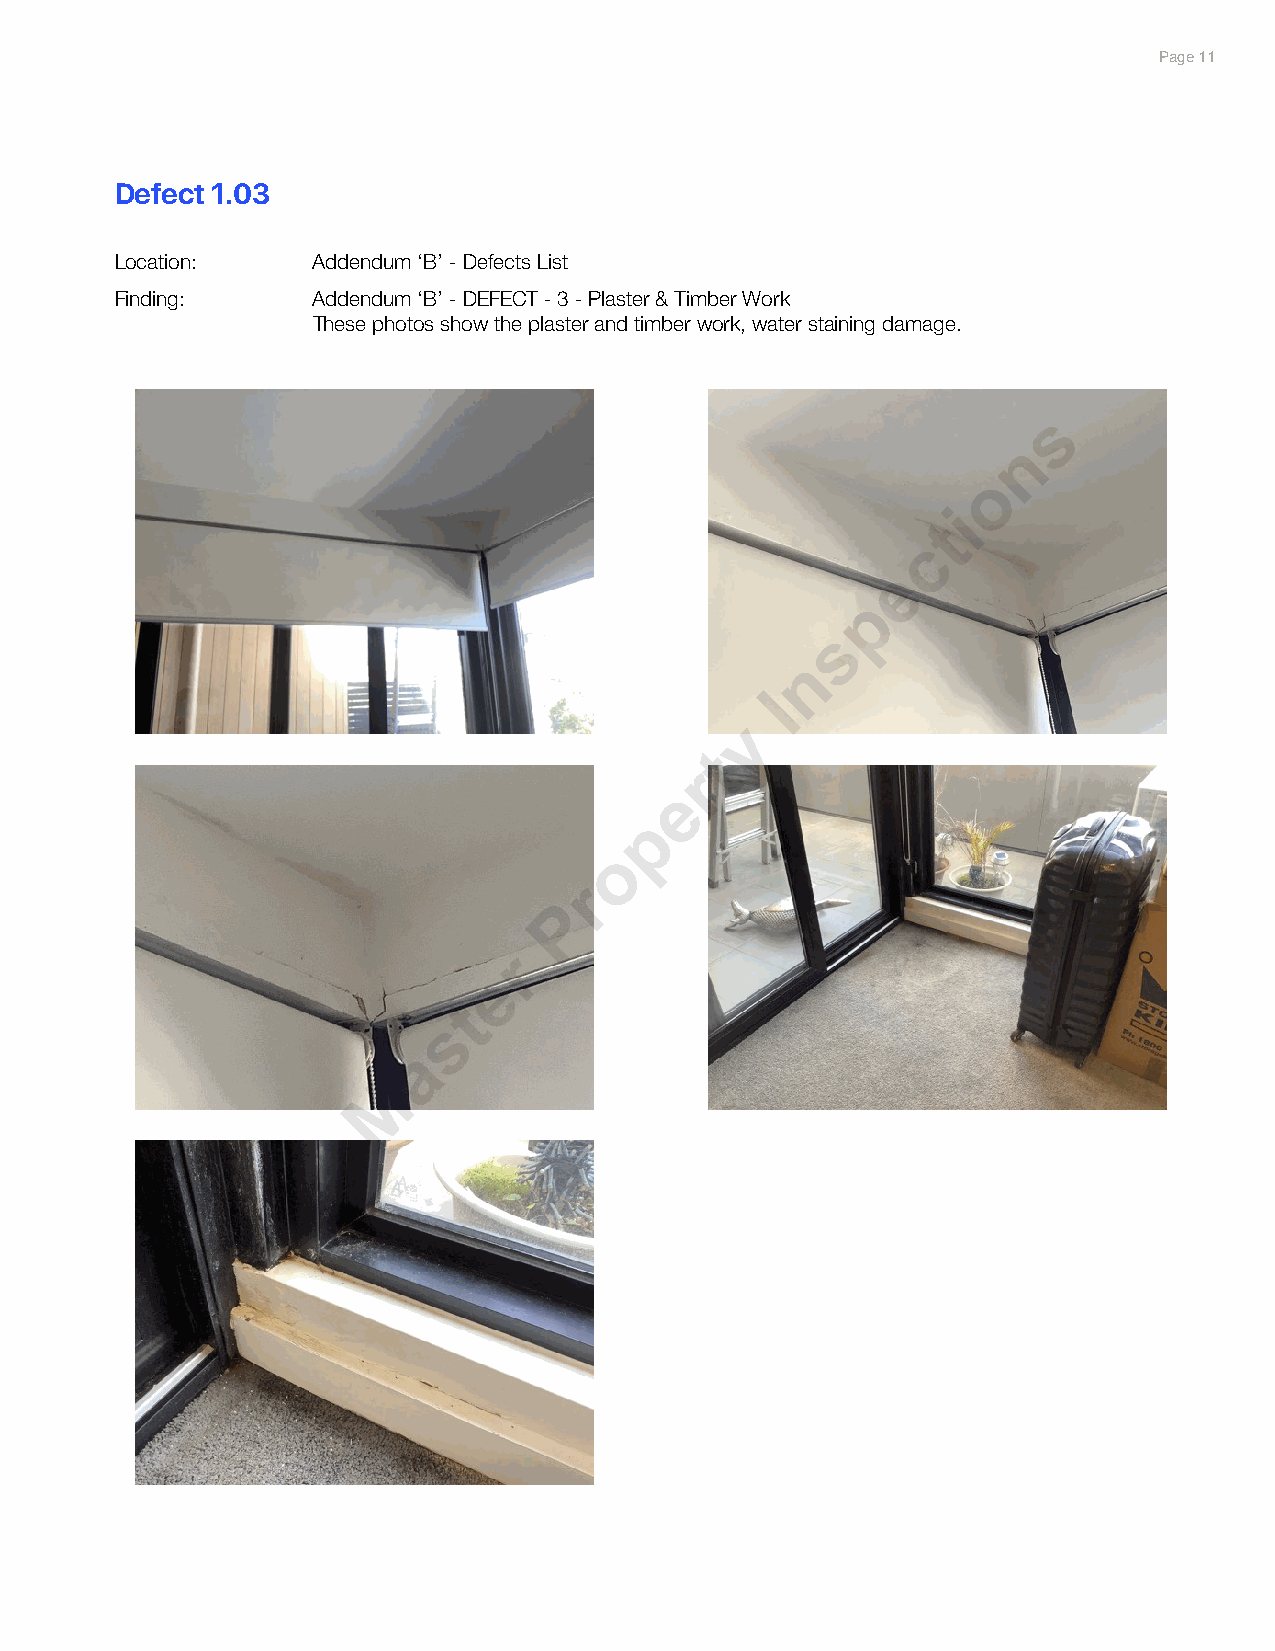
Significant items                                                        PPaaggee 1117
 Defect 1.03
 Location:    Addendum ‘B’ - Defects List
 Finding:     Addendum ‘B’ - DEFECT - 3 - Plaster & Timber Work
 These photos show the plaster and timber work, water staining damage.
 s
 n
 o
 i
 t
 c
 e
 p
 s
 n
 I
 y
 t
 r
 e
 p
 o
 r
 P
 r
 e
 t
 s
 a
 M